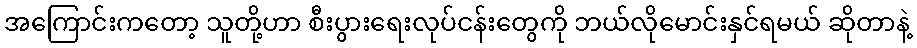
အကြောင်းကတော့ သူတို့ဟာ စီးပွားရေးလုပ်ငန်းတွေကို ဘယ်လိုမောင်းနှင်ရမယ် ဆိုတာနဲ့